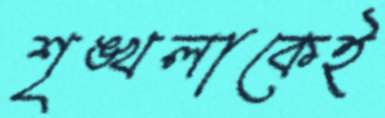
শৃঙ্খলাকেই